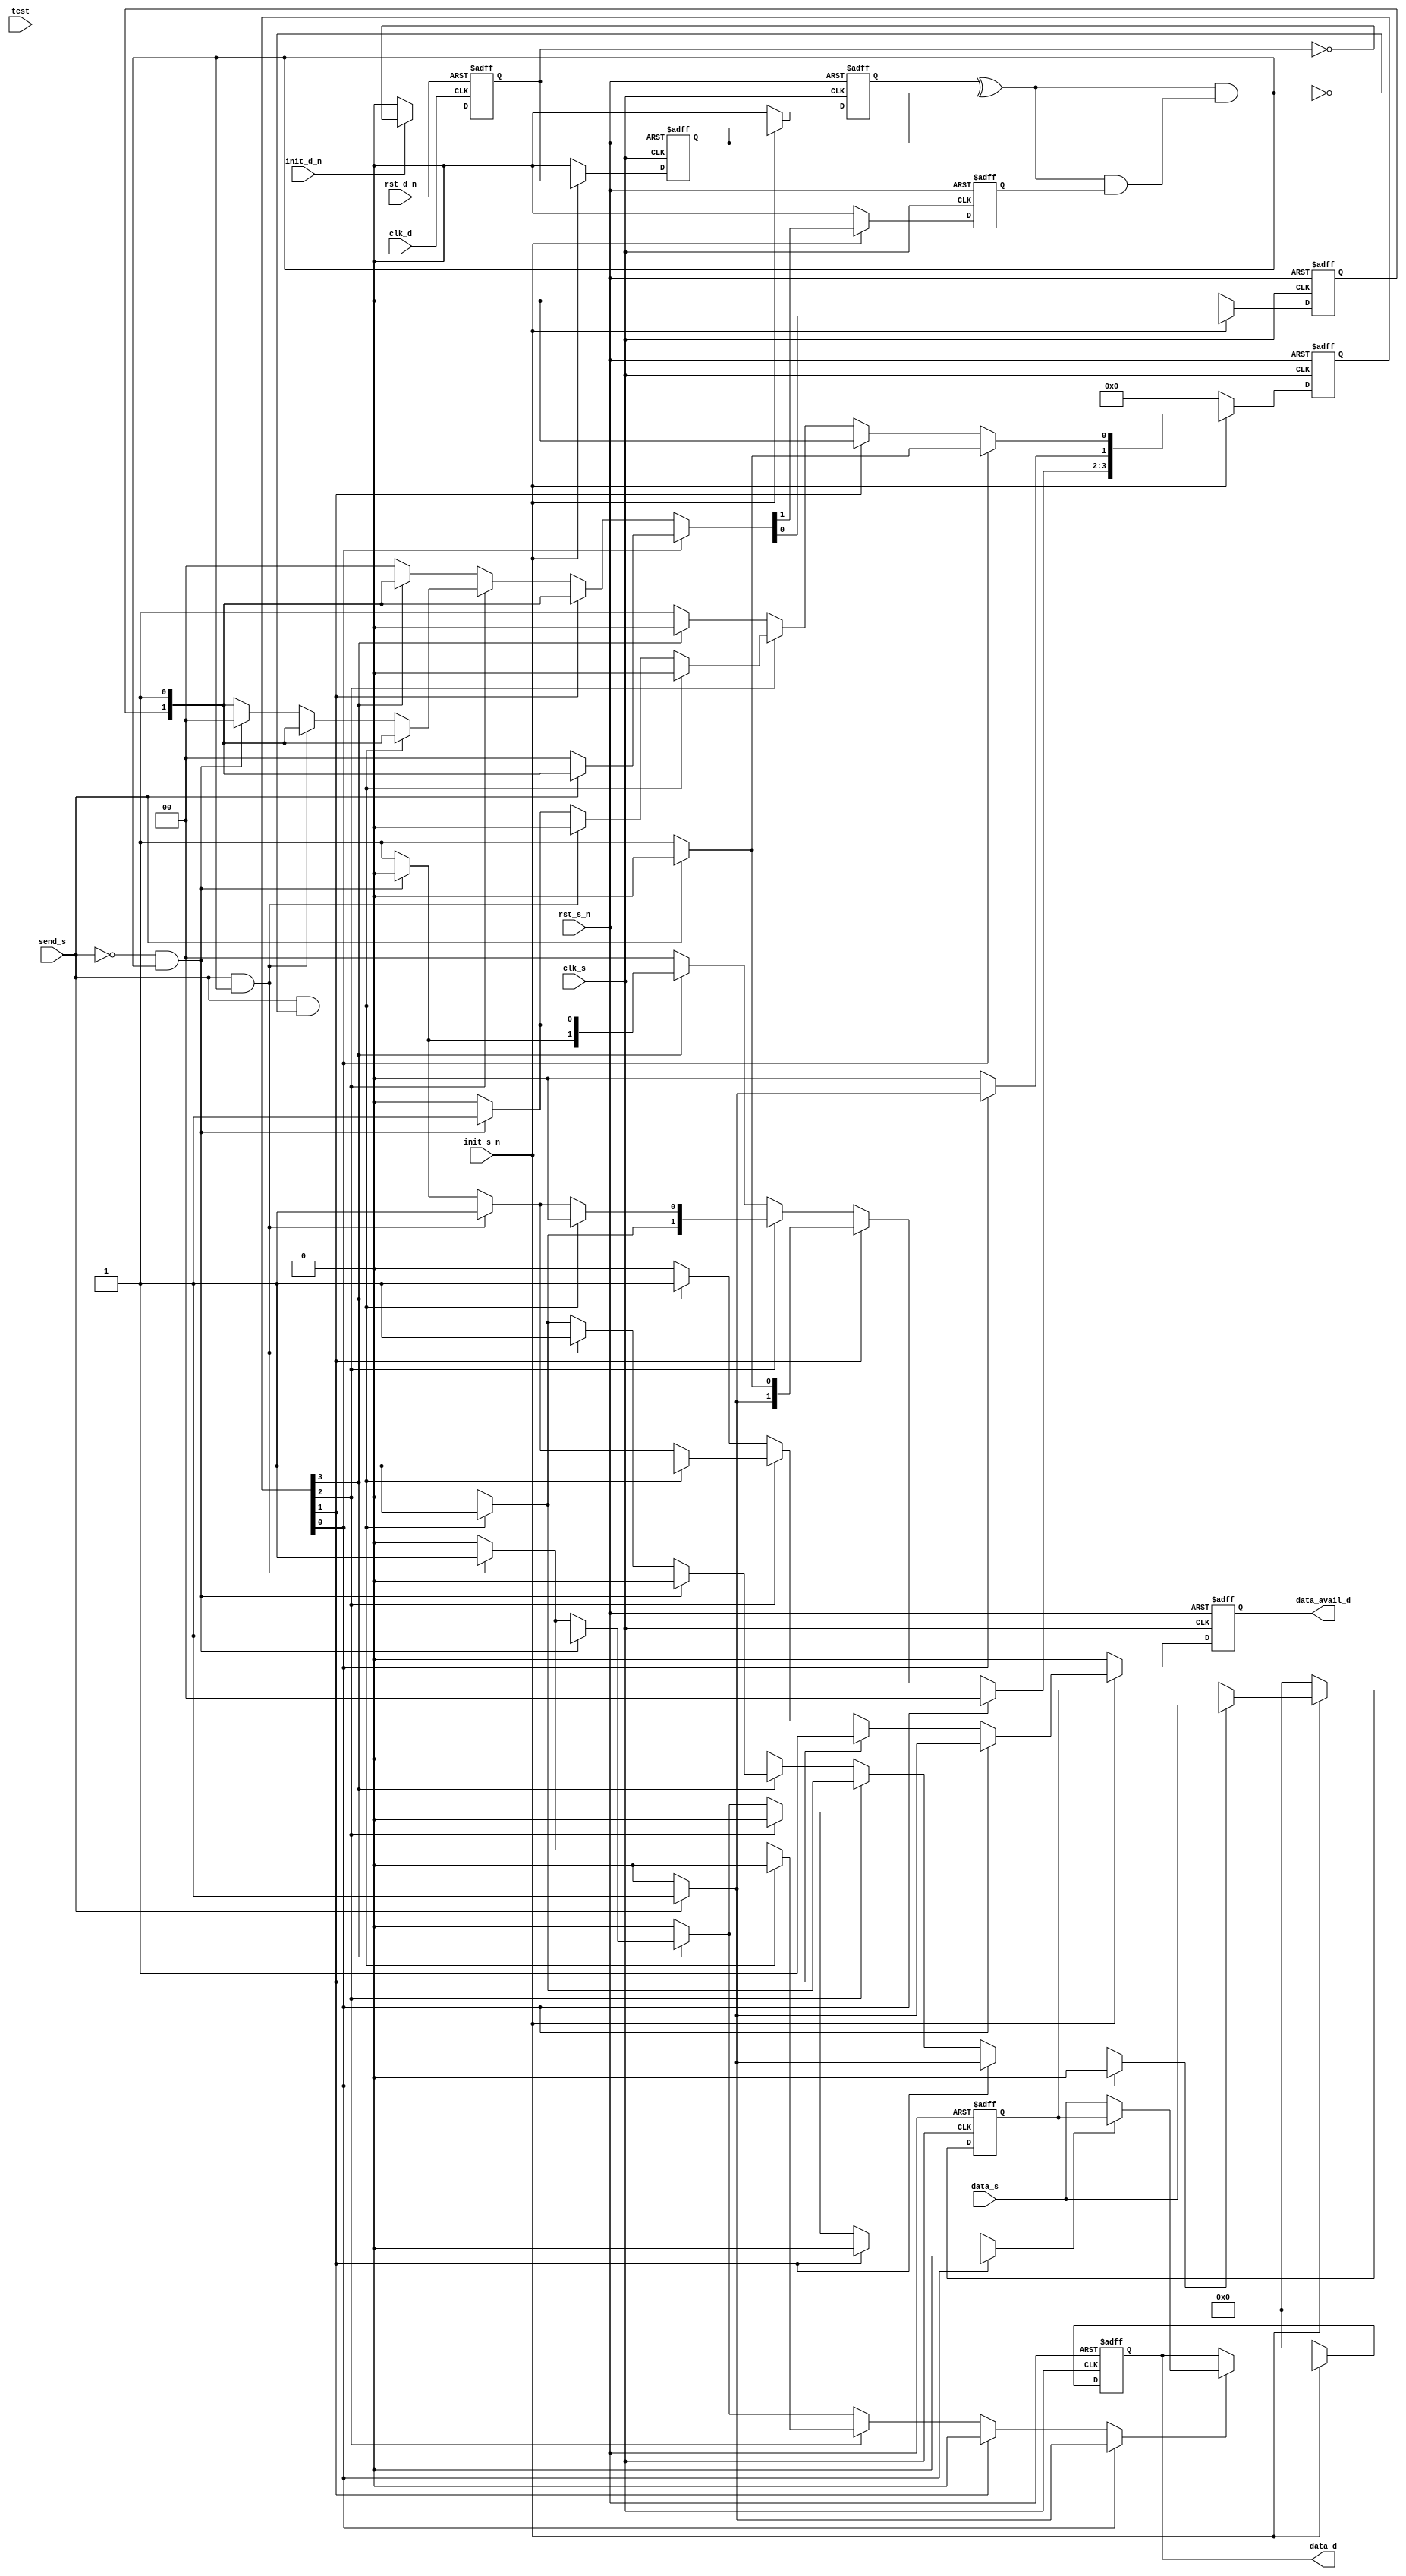

//
////////////////////////////////////////////////////////////////////////////////
////////////////////////////////////////////////////////////////////////////////
//
//  ABSTRACT:  
//
//             Parameters:     Valid Values
//             =======      ========
//             width           1 to 1024      8
//             clk_ratio       2 to 1024      2
//             tst_mode        0 to 2         0
//
//
//             Input Ports:    Size    Description
//             ========     ===    ========
//             clk_s            1        Source clock
//             rst_s_n          1        Source domain asynch. reset (active low)
//             init_s_n         1        Source domain synch. reset (active low)
//             send_s           1        Source domain send request input
//             data_s           width    Source domain send data input
//             clk_d            1        Destination clock
//             rst_d_n          1        Destination domain asynch. reset (active low)
//             init_d_n         1        Destination domain synch. reset (active low)
//             test             1        Scan test mode select input
//
//
//             Output Ports    Size    Description
//             ========    ===    ========
//             data_d          width    Destination domain data output
//             data_avail_d    1        Destination domain data update output
//
//
//
//
//
//  MODIFIED:
//
//     DLL     6-27-11   Edits for Leda cleanup (which includes disabling some
//                       warnings)  and added simulation messages for
//                       when negative-edge clocking is configured in.
//
////////////////////////////////////////////////////////////////////////////////
module DW_data_qsync_hl(
       clk_s,
       rst_s_n,
       init_s_n,
       send_s,
       data_s,
       
       clk_d,
       rst_d_n,
       init_d_n,
       data_avail_d,
       data_d,
       
       test
    // Embedded dc_shell script
    // _model_constraint_1
      );
parameter width     = 8;
parameter clk_ratio = 2;
parameter tst_mode  = 0;

parameter idle        = 0;
parameter update_a    = 1;
parameter update_hold = 2;
parameter update_b    = 3;
input              clk_s;
input              rst_s_n;
input              init_s_n;
input              send_s;
input  [width-1:0] data_s;
input              clk_d;
input              rst_d_n;
input              init_d_n;
output             data_avail_d ;
output [width-1:0] data_d;
input              test;
reg    [clk_ratio - 1:0] fb_hold; 
reg    [clk_ratio - 1:0] fb_state; 

reg                fb_en;
wire               fb_hd;
reg    [width-1:0] data_s_hld; 
wire   [width-1:0] data_s_mux; 
reg    [3:0]       send_state; 
reg    [3:0]       next_state; 

reg                send_r;
reg                tmg_ref_data;
wire               tmg_ref_cc;
wire               tmg_ref_ccm;
reg                tmg_ref_l;
reg                tmg_ref_reg;
wire               tmg_ref_mux;
reg                tmg_ref_neg;
reg                tmg_ref_pos;
reg                tmg_ref_xi;
wire               tmg_ref_xo;
wire               tmg_ref_fb;
reg                data_avl_out;
reg                data_avail_r;
reg                data_avail_s;
reg                data_s_reg_en;
reg                data_s_hld_en;
reg    [width-1:0] data_s_reg;
reg                send_s_en;
reg                data_m_sel;
wire               tmg_ref_fben;
reg                data_a_reg;


 
  always @ ( posedge clk_s or negedge rst_s_n) begin : SRC_DM_POS_SEQ_PROC
    if  (rst_s_n == 1'b0) begin  
      data_s_hld   <= {width{1'b0}};
      data_s_reg   <= {width{1'b0}};
      fb_state     <= {clk_ratio{1'b0}};
      send_state   <= 4'b0000;
      data_avail_r <= 1'b0;
      tmg_ref_xi   <= 1'b0;
      tmg_ref_reg  <= 1'b0;
      tmg_ref_pos  <= 1'b0;
      data_a_reg   <= 1'b0;
      send_r       <= 1'b0;
      fb_en        <= 1'b0;
    end else if ( init_s_n == 0) begin  
        data_s_hld   <= {width{1'b0}};
        data_s_reg   <= {width{1'b0}};
        fb_state     <= {clk_ratio{1'b0}};
        send_state   <= 4'b0000;
        data_avail_r <= 1'b0;
        tmg_ref_xi   <= 1'b0;
        tmg_ref_reg  <= 1'b0;
        tmg_ref_pos  <= 1'b0;
        data_a_reg   <= 1'b0;
        send_r       <= 1'b0;
        fb_en        <= 1'b0;
    end else begin 
      if(data_s_hld_en == 1'b1)  
        data_s_hld   <= data_s;
      if(data_s_reg_en == 1'b1) 
        data_s_reg   <= data_s_mux;
      fb_state       <= fb_hold;
      fb_en          <= fb_hd;
      send_state     <= next_state;
      data_avail_r   <= data_avl_out;
      tmg_ref_xi     <= tmg_ref_xo;
      tmg_ref_reg    <= tmg_ref_mux;
      tmg_ref_pos    <= tmg_ref_ccm;
      data_a_reg     <= data_avl_out;
      send_r         <= send_s;
    end 
  end  

generate
  if ((clk_ratio == 2) || (tst_mode == 1)) begin : GEN_TMG_REF_NEG_CR_EQ_2

    always @ ( negedge clk_s or negedge rst_s_n) begin : SRC_DM_NEG_SEQ_PROC
      if  (rst_s_n == 1'b0)   
	tmg_ref_neg  <= 1'b0;
      else if ( init_s_n == 1'b0)   
	tmg_ref_neg  <= 1'b0;
      else  
	tmg_ref_neg  <= tmg_ref_ccm;
    end  

  end
endgenerate


  always @ ( posedge clk_d or negedge rst_d_n) begin : DST_DM_POS_SEQ_PROC
    if (rst_d_n == 1'b0 ) 
      tmg_ref_data <= 1'b0;
    else if (init_d_n == 1'b0 ) 
      tmg_ref_data <= 1'b0;
    else   
      tmg_ref_data <= !  tmg_ref_data ;
  end

      

  always @ (send_state or fb_state or send_s or tmg_ref_fb) begin : SRC_DM_COMB_PROC
    next_state    = 4'b0000;
    data_m_sel    = 1'b0;
    data_s_hld_en = 1'b0;
    data_s_reg_en = 1'b0;
    data_avl_out  = 1'b0;
    fb_hold       = {clk_ratio{1'b0}};
      if (send_state[idle]) begin //  bit 0
        if (send_s == 1'b1)  begin
  	  next_state[update_a] = 1'b1 ;
          data_s_reg_en        = 1'b1;
          data_avl_out         = 1'b1;
          fb_hold = {fb_state[clk_ratio-2:0],  1'b1};
        end else begin
  	  next_state[idle] =  1'b1;
          fb_hold = {clk_ratio{1'b0}};
	end
      end else if (send_state[update_a]) begin // bit 1 
        data_avl_out         = 1'b1;
        fb_hold = {fb_state[clk_ratio-2:0],  1'b1};
        if(send_s == 1'b1)  begin
  	  next_state[update_b] = 1'b1;
          data_s_hld_en        = 1'b1;
        end else
  	  next_state[update_hold] =  1'b1;
      end else if (send_state[update_hold] ) begin // bit 2
        if(send_s == 1'b1 & tmg_ref_fb == 1'b0) begin
  	  next_state[update_b] =  1'b1;
          data_s_hld_en        =  1'b1;
          data_avl_out         = 1'b1;
          fb_hold = {fb_state[clk_ratio-2:0],  1'b1};
        end else if(send_s == 1'b1 & tmg_ref_fb == 1'b1) begin 
  	  next_state[update_hold] =  1'b1;
          data_s_reg_en      =  1'b1;
          data_avl_out       = 1'b1;
          fb_hold = {fb_state[clk_ratio-2:0],  1'b1};
        end else if(send_s == 1'b0 & tmg_ref_fb == 1'b1) begin 
  	  next_state[idle]  =  1'b1;
          fb_hold = {clk_ratio{1'b0}};
        end else begin
  	  next_state[update_hold] = 1'b1 ;
          data_avl_out            = 1'b1;
          fb_hold = {fb_state[clk_ratio-2:0],  1'b1};
        end
      end else if (send_state[update_b] ) begin // bit 3
        data_avl_out         = 1'b1;
        fb_hold = {fb_state[clk_ratio-2:0],  1'b1};
        if(send_s == 1'b0 & tmg_ref_fb == 1'b1 ) begin 
  	  next_state[update_hold]  = 1'b1 ;
          data_m_sel               = 1'b1;
          data_s_reg_en            = 1'b1;
        end else if(send_s == 1'b1 & tmg_ref_fb == 1'b1 ) begin 
  	  next_state[update_b]    = 1'b1 ;
          data_m_sel               = 1'b1;
          data_s_reg_en            = 1'b1;
          data_s_hld_en            = 1'b1;
        end else if(send_s == 1'b1 & tmg_ref_fb == 1'b0 ) begin 
  	  next_state[update_b]    = 1'b1 ;
          data_s_hld_en            = 1'b1;
        end else begin
  	  next_state[update_b]    = 1'b1;
        end
      end else
      next_state[idle] = 1'b1;
  end 
  assign tmg_ref_xo     = tmg_ref_reg ^  tmg_ref_mux;
  assign tmg_ref_fb     = tmg_ref_xo & tmg_ref_fben;//not (tmg_ref_xi | tmg_ref_xo) when clk_ratio = 3 else tmg_ref_xo;
  assign tmg_ref_fben   = tmg_ref_xo & fb_en;
  assign data_s_mux     = (data_m_sel == 1'b0) ? data_s : data_s_hld;
  assign tmg_ref_cc     = tmg_ref_data;

generate
  if (clk_ratio > 3) begin : GEN_FB_HD_CR_GT_3
    assign fb_hd = fb_hold[clk_ratio-2];
  end else begin : GEN_FB_HD_CR_LE_3
    assign fb_hd = fb_hold[clk_ratio-1];
  end
endgenerate

generate
  if ((clk_ratio > 2) && (tst_mode == 1)) begin : GEN_CR_GT_2_AND_TM1
    assign tmg_ref_ccm = (test == 1'b1)? tmg_ref_neg : tmg_ref_cc;
  end else begin : GEN_NOT_CR_GT_2_AND_TM1
    if ((clk_ratio > 2) && (tst_mode == 2)) begin : GEN_CR_GT_2_AND_TM2
      `ifdef DWC_DISALLOW_LATCHES
      assign  tmg_ref_ccm = tmg_ref_cc;
      `else
      always @ (clk_s or tmg_ref_cc) begin : frwd_hold_latch_PROC
        if (clk_s == 1'b0) 
          tmg_ref_l <= tmg_ref_cc;
      end // frwd_hold_latch_PROC;
        assign tmg_ref_ccm = (test == 1'b1)? tmg_ref_l : tmg_ref_cc;
      `endif
    end else begin : GEN_ELSE_CR_AND_TM
      assign tmg_ref_ccm = tmg_ref_cc;
    end
  end
endgenerate

generate
  if (clk_ratio == 2) begin : GEN_TMG_REF_MUX_CR_EQ_2
    assign tmg_ref_mux = tmg_ref_neg;
  end else begin : GEN_TMG_REF_MUX_CR_NE_2
    assign tmg_ref_mux = tmg_ref_pos;
  end
endgenerate

  assign data_d         = data_s_reg;
  assign data_avail_d   = data_a_reg;

endmodule